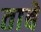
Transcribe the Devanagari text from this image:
ताबें